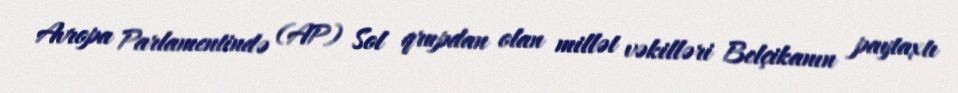
Avropa Parlamentində (AP) Sol qrupdan olan millət vəkilləri Belçikanın paytaxtı